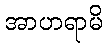
အာဟရာမိ